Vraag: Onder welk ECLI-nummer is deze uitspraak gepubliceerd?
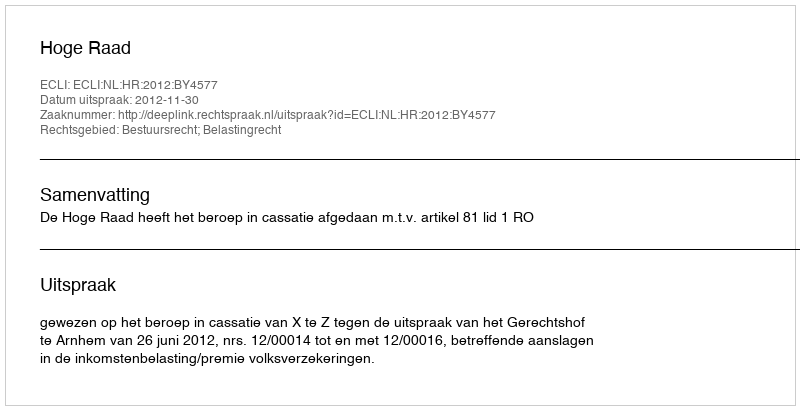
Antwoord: ECLI:NL:HR:2012:BY4577